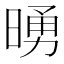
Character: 𪰵